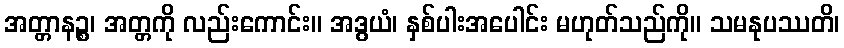
အတ္တာနဉ္စ၊ အတ္တကို လည်းကောင်း။ အဒွယံ၊ နှစ်ပါးအပေါင်း မဟုတ်သည်ကို။ သမနုပဿတိ၊